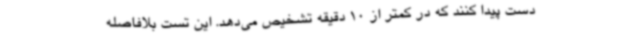
دست پیدا کنند که در کمتر از 10 دقیقه تشخیص می‌دهد. این تست بلافاصله